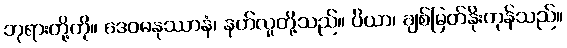
ဘုရားတို့ကို။ ဒေဝမနုဿာနံ၊ နတ်လူတို့သည်။ ပိယာ၊ ချစ်မြတ်နိုးကုန်သည်။